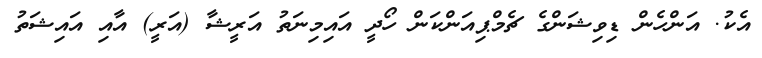
އެކު. އަންހެން ޑިވިޝަންގެ ޗެމްޕިއަންކަން ހޯދީ އައިމިނަތު އަރީޝާ (އަރީ) އާއި އައިޝަތު